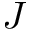
J